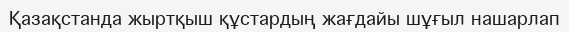
Қазақстанда жыртқыш құстардың жағдайы шұғыл нашарлап